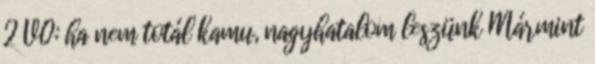
2 V0: ha nem totál kamu, nagyhatalom leszünk Mármint